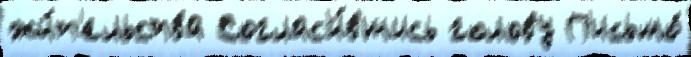
жи́т'ельства Соглас'и́вшись голову П'исьмо́